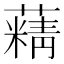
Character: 𦾿